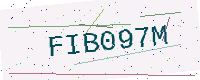
Text: FIB097M